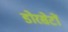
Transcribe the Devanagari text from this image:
डोरसेटों